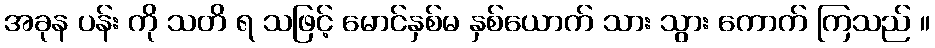
အခုန ပန်း ကို သတိ ရ သဖြင့် မောင်နှစ်မ နှစ်ယောက် သား သွား ကောက် ကြသည် ။